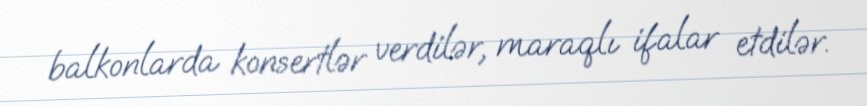
balkonlarda konsertlər verdilər, maraqlı ifalar etdilər.